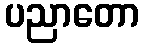
ပညာတော